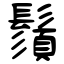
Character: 鬚